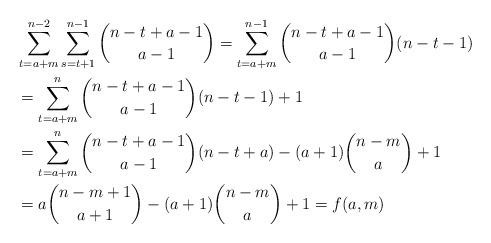
LaTeX: \begin{align*}&\sum_{t=a+m}^{n-2}\sum_{s=t+1}^{n-1}\binom{n-t+a-1}{a-1}=\sum_{t=a+m}^{n-1}\binom{n-t+a-1}{a-1}(n-t-1)\\&=\sum_{t=a+m}^{n}\binom{n-t+a-1}{a-1}(n-t-1)+1\\&=\sum_{t=a+m}^n\binom{n-t+a-1}{a-1}(n-t+a)-(a+1)\binom{n-m}{a}+1\\&= a\binom{n-m+1}{a+1}-(a+1)\binom{n-m}{a}+1=f(a,m)\end{align*}